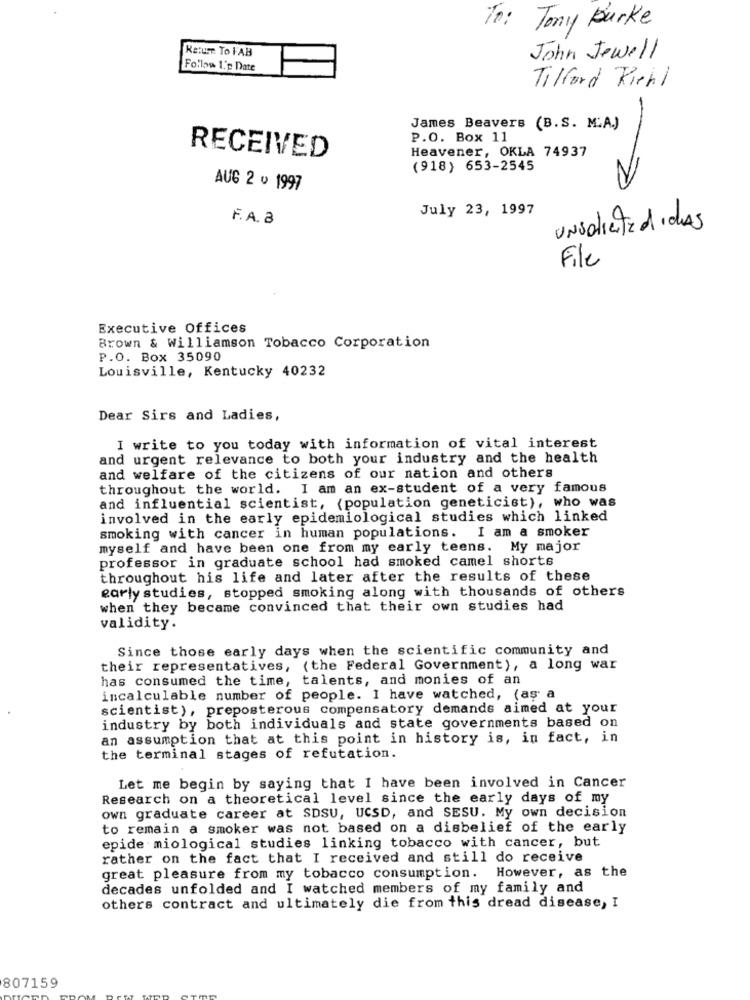
To: Tony Burke
Return To FAB
John Jewell
Follow L'e Date
Tilford Riehl
James Beavers (B.S. M.A.)
P.O. Box 11
Heavener, OKLA 74937
RECEIVED
(918) 653-2545
AUG 2 v 1997
July 23, 1997
F.A. 3
UNsaliente didAs
File
Executive Offices
Brown & Williamson Tobacco Corporation
P.O. Box 35090
Louisville, Kentucky 40232
Dear Sirs and Ladies,
I write to you today with information of vital interest
and urgent relevance to both your industry and the health
and welfare of the citizens of our nation and others
throughout the world. I am an ex-student of a very famous
and influential scientist, {population geneticist), who was
involved in the early epidemiological studies which linked
smoking with cancer in human populations. I am a smoker
myself and have been one from my early teens. My major
professor in graduate school had smoked camel shorts
throughout his life and later after the results of these
early studies, stopped smoking along with thousands of others
when they became convinced that their own studies had
validity.
Since those early days when the scientific community and
their representatives, (the Federal Government), a long war
has consumed the time, talents, and monies of an
incalculable number of people. I have watched, (as a
scientist), preposterous compensatory demands aimed at your
industry by both individuals and state governments based on
an assumption that at this point in history is, in fact, in
the terminal stages of refutation.
Let me begin by saying that I have been involved in Cancer
Research on a theoretical level since the early days of my
own graduate career at SDSU, UCSD, and SESU. My own decision
to remain a smoker was not based on a disbelief of the early
epide miological studies linking tobacco with cancer, but
rather on the fact that I received and still do receive
great pleasure from my tobacco consumption. However, as the
decades unfolded and I watched members of my family and
others contract and ultimately die from this dread disease, I
807159